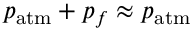
p _ { \mathrm { a t m } } + p _ { f } \approx p _ { \mathrm { a t m } }